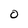
Character: 0